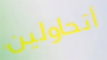
أتحاولين